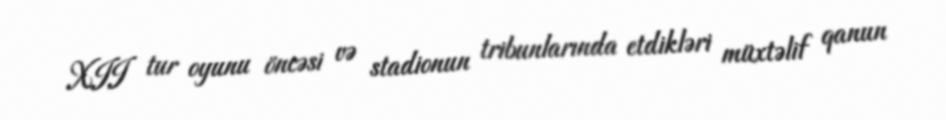
XII tur oyunu öncəsi və stadionun tribunlarında etdikləri müxtəlif qanun